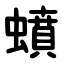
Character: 蟦